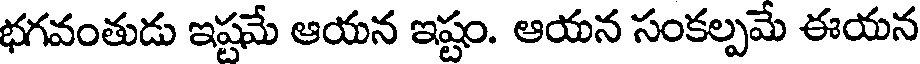
భగవంతుడు ఇష్టమే ఆయన ఇష్టం. ఆయన సంకల్పమే ఈయన